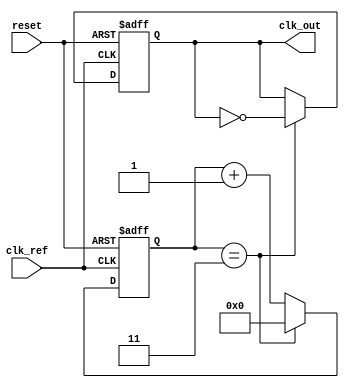
module PLL (
    input wire clk_ref,        // Reference clock input
    input wire reset,          // Reset signal
    output reg clk_out         // Output clock
);

// Parameters
parameter DIV_RATIO = 4;     // Frequency divider ratio
parameter VCO_MAX_FREQ = 100; // Maximum VCO frequency
parameter VCO_MIN_FREQ = 10;  // Minimum VCO frequency
parameter LOOP_FILTER_GAIN = 1; // Loop filter gain

// Internal signals
reg [3:0] phase_error;        // Phase error signal
reg [7:0] control_voltage;     // Control voltage for VCO
reg [7:0] vco_output;          // VCO output frequency
reg [3:0] divider_count;       // Divider counter
reg [3:0] clk_div;             // Divided clock output

// Phase Detector (PD)
always @(posedge clk_ref or posedge reset) begin
    if (reset) begin
        phase_error <= 0;
    end else begin
        // Simple XOR phase detector
        phase_error <= (clk_ref ^ clk_out) ? 1 : 0;
    end
end

// Loop Filter (LF)
always @(posedge clk_ref or posedge reset) begin
    if (reset) begin
        control_voltage <= 0;
    end else begin
        // Simple proportional loop filter
        control_voltage <= control_voltage + (phase_error * LOOP_FILTER_GAIN);
        // Clamp control voltage to VCO range
        if (control_voltage > VCO_MAX_FREQ) begin
            control_voltage <= VCO_MAX_FREQ;
        end else if (control_voltage < VCO_MIN_FREQ) begin
            control_voltage <= VCO_MIN_FREQ;
        end
    end
end

// Voltage-Controlled Oscillator (VCO)
always @(posedge clk_ref or posedge reset) begin
    if (reset) begin
        vco_output <= VCO_MIN_FREQ;
    end else begin
        // Simple linear VCO model
        vco_output <= control_voltage; // Control frequency directly by voltage
    end
end

// Frequency Divider
always @(posedge clk_ref or posedge reset) begin
    if (reset) begin
        divider_count <= 0;
        clk_out <= 0;
    end else begin
        if (divider_count == DIV_RATIO - 1) begin
            clk_out <= ~clk_out; // Toggle output clock
            divider_count <= 0;   // Reset counter
        end else begin
            divider_count <= divider_count + 1; // Increment counter
        end
    end
end

endmodule